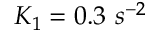
K _ { 1 } = 0 . 3 \ s ^ { - 2 }